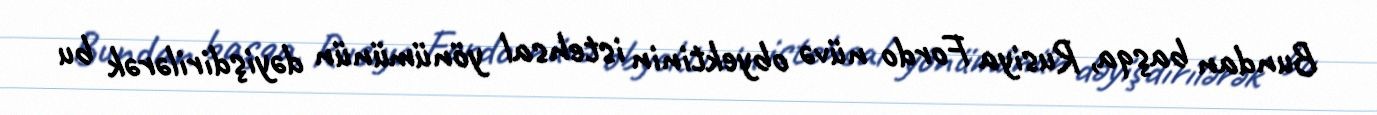
Bundan başqa, Rusiya Fordo nüvə obyektinin istehsal yönümünün dəyişdirilərək bu